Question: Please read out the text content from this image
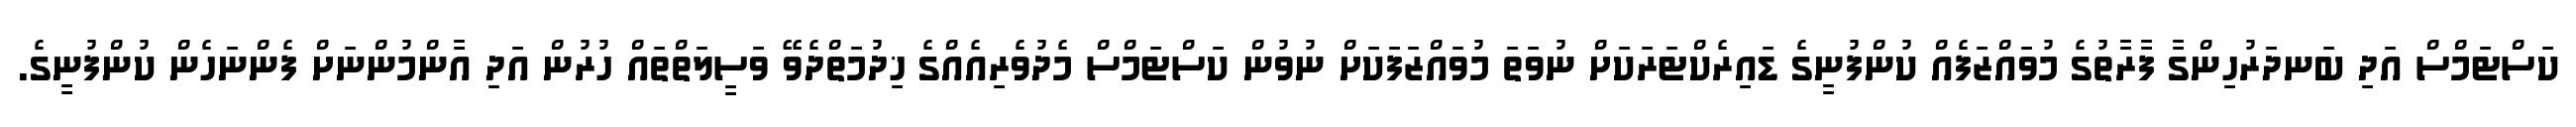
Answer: ކަސްޓަމްސް އަދި ބަނދަރުހިންގާ ފާރާތުގެ މުވައްޒަފެއް ކުންފުނީގެ ޑައިރެކްޓަރަކަށް ނުވަތަ މުވައްޒަފަކަށް ނުވުން ކަސްޓަމްސް މެދުވެރިއެއްގެ ޚިދުމަތްދެވޭ ވަސީލަތްތައް ހުރުން އަދި އާންމުންނަށް ފެންނަހެން ކުންފުނީގެ.